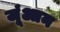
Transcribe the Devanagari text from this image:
जूंआन